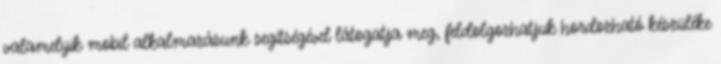
valamelyik mobil alkalmazásunk segítségével látogatja meg, feldolgozhatjuk hordozható készüléke